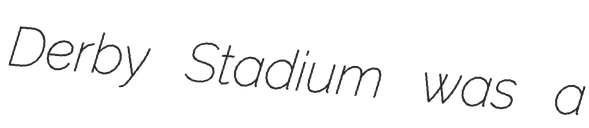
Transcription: Derby Stadium was a